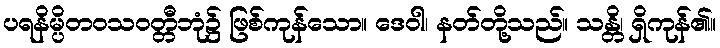
ပရနိမ္ပိတဝသဝတ္တီဘုံ၌ ဖြစ်ကုန်သော။ ဒေဝါ၊ နတ်တို့သည်။ သန္တိ၊ ရှိကုန်၏။